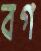
বগ